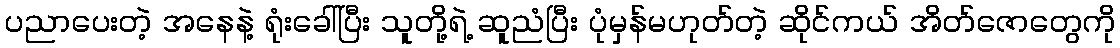
ပညာပေးတဲ့ အနေနဲ့ ရုံးခေါ်ပြီး သူတို့ရဲ့ ဆူညံပြီး ပုံမှန်မဟုတ်တဲ့ ဆိုင်ကယ် အိတ်ဇောတွေကို